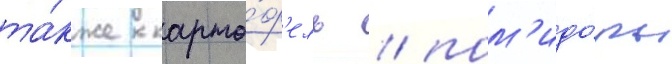
та́кже карто́ф'ель / пом'идо́ры